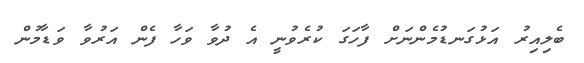
ބެލިއިރު އަޅުގަނޑުމެންނަށް ފާހަގަ ކުރެވުނީ އެ ދުވާ ވަހާ ފެން އަރުވާ ވަޑާމުން